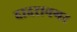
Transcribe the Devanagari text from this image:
दादरानगर